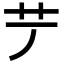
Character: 𦫺